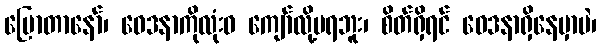
ပြောတာနော်၊ ဝေဒနာကိုလုံးဝ ကျော်လို့မရဘူး၊ စိတ်ရှိရင် ဝေဒနာရှိနေမှာပဲ၊